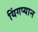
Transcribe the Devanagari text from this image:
यिंगप्यान